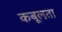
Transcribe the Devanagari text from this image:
कबूलता